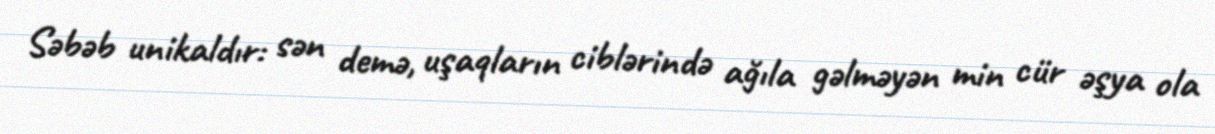
Səbəb unikaldır: sən demə, uşaqların ciblərində ağıla gəlməyən min cür əşya ola